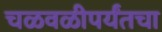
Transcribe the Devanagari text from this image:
चळवळीपर्यंतचा